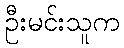
ဦးမင်းသူက